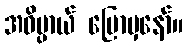
အဓိပ္ပာယ် ပြောမှနော်။